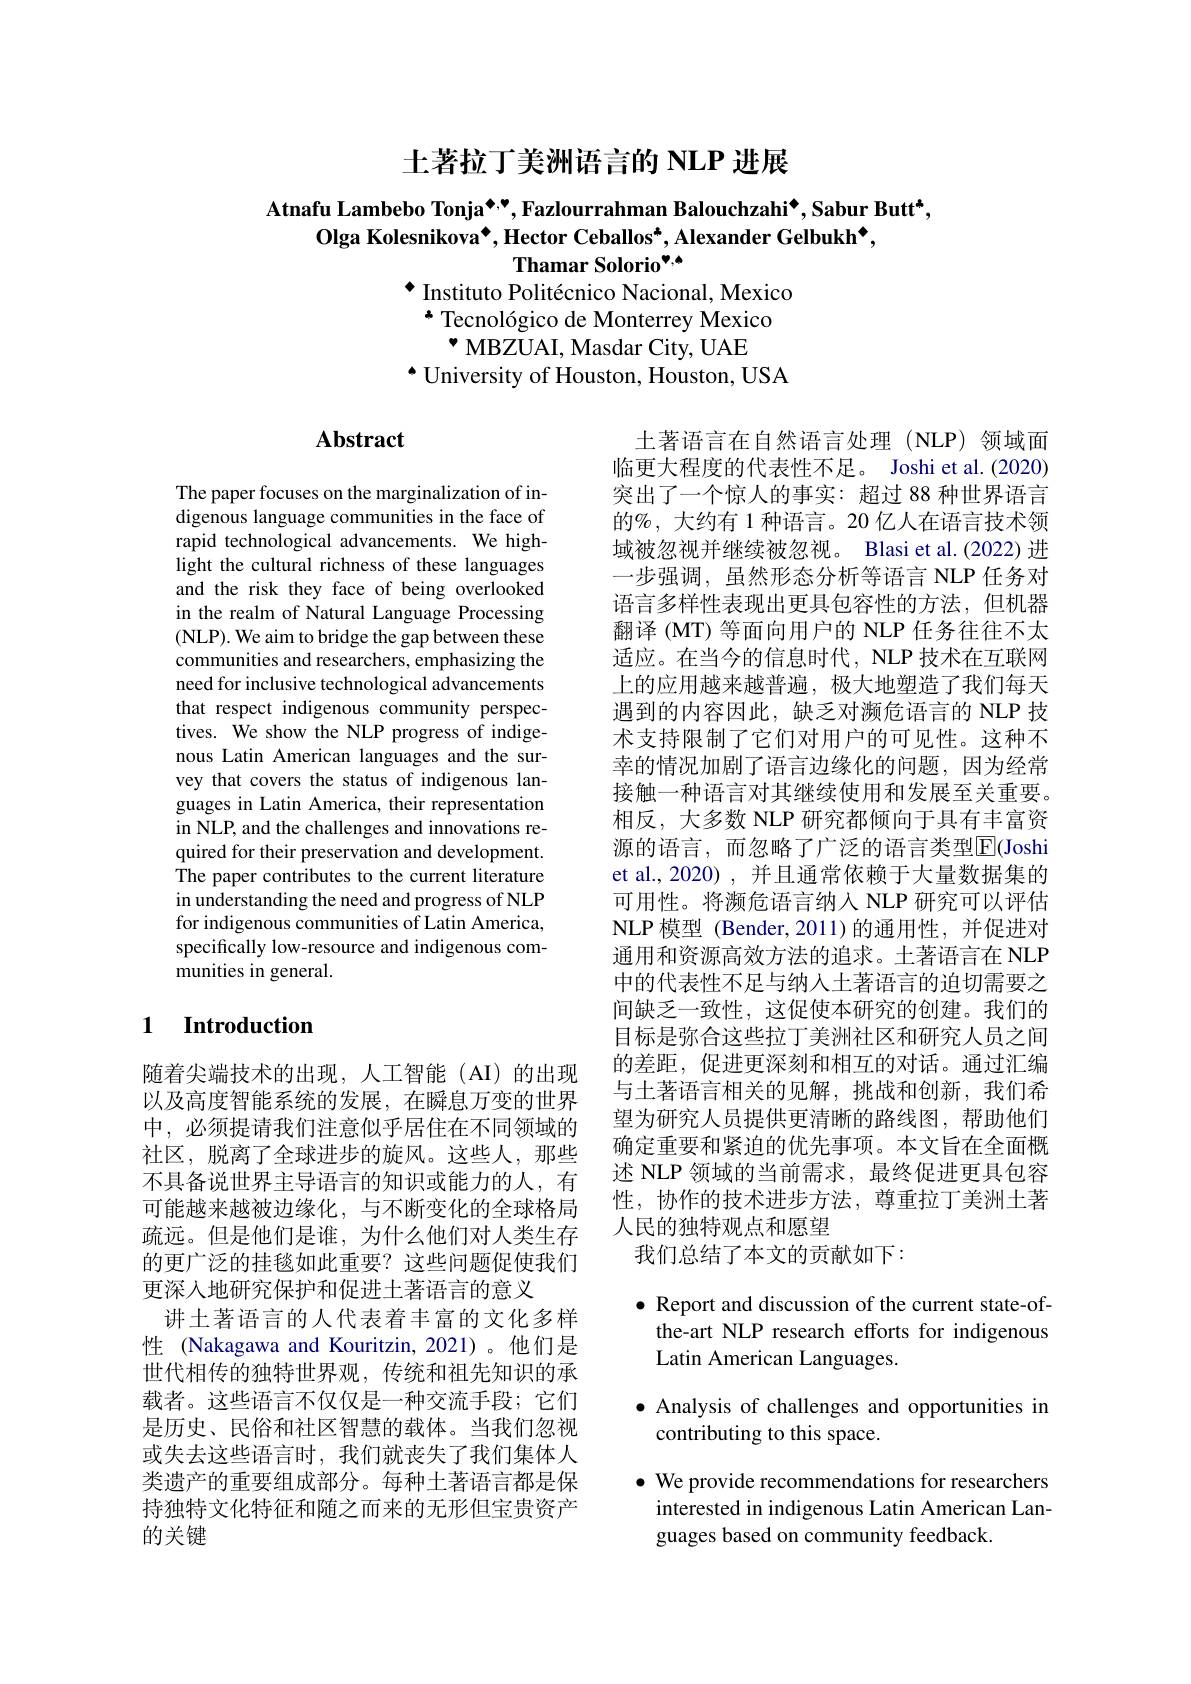
土著拉丁美洲语言的 NLP 进展

# Atnafu Lambebo Tonja$^{\bullet,\bullet}$,Fazlourrahman Balouchzahi$^{\bullet}$,Sabur Butt$^{*}$, $\mathbf{Olga~Kolesnikova^{\bullet},Hector~Ceballos^{*},Alexander~Gelbukh^{\bullet},}$ Thamar Solorio$^{\bullet,\bullet}$ · Instituto Politécnico Nacional, Mexico

* Tecnológico de Monterrey Mexico
$•$ MBZUAI, Masdar City, UAE
$^{\bullet}$ University of Houston, Houston, USA

## Abstract

The paper focuses on the marginalization of indigenous language communities in the face of rapid technological advancements. We highlight the cultural richness of these languages and the risk they face of being overlooked in the realm of Natural Language Processing (NLP). We aim to bridge the gap between these communities and researchers, emphasizing the need for inclusive technological advancements that respect indigenous community perspectives. We show the NLP progress of indigenous Latin American languages and the survey that covers the status of indigenous languages in Latin America, their representation in NLP, and the challenges and innovations required for their preservation and development. The paper contributes to the current literature in understanding the need and progress of NLP for indigenous communities of Latin America, specifically low-resource and indigenous communities in general.

土著语言在自然语言处理(NLP)领域面临更大程度的代表性不足。Joshi et al. (2020) 突出了一个惊人的事实：超过 88 种世界语言的$\%$, 大约有 1 种语言。20 亿人在语言技术领域被忽视并继续被忽视。Blasi et al.(2022) 进一步强调，虽然形态分析等语言 NLP 任务对语言多样性表现出更具包容性的方法，但机器翻译 (MT) 等面向用户的 NLP 任务往往不太适应。在当今的信息时代，NLP 技术在互联网上的应用越来越普遍，极大地塑造了我们每天遇到的内容因此，缺乏对濒危语言的 NLP 技术支持限制了它们对用户的可见性。这种不幸的情况加剧了语言边缘化的问题，因为经常接触一种语言对其继续使用和发展至关重要。相反，大多数 NLP 研究都倾向于具有丰富资源的语言，而忽略了广泛的语言类型$\overline{\mathrm{E}}($Joshi et al., 2020), 并且通常依赖于大量数据集的可用性。将濒危语言纳入 NLP 研究可以评估NLP 模型 (Bender,2011)的通用性，并促进对通用和资源高效方法的追求。土著语言在 NLP 中的代表性不足与纳人土著语言的迫切需要之间缺乏一致性，这促使本研究的创建。我们的目标是弥合这些拉丁美洲社区和研究人员之间的差距，促进更深刻和相互的对话。通过汇编与土著语言相关的见解，挑战和创新，我们希望为研究人员提供更清晰的路线图，帮助他们确定重要和紧迫的优先事项。本文旨在全面概述 NLP 领域的当前需求，最终促进更具包容性，协作的技术进步方法，尊重拉丁美洲土著人民的独特观点和愿望
我们总结了本文的贡献如下：

### 1 Introduction

随着尖端技术的出现，人工智能(AI)的出现以及高度智能系统的发展，在瞬息万变的世界中，必须提请我们注意似乎居住在不同领域的社区，脱离了全球进步的旋风。这些人，那些不具备说世界主导语言的知识或能力的人，有可能越来越被边缘化，与不断变化的全球格局疏远。但是他们是谁，为什么他们对人类生存的更广泛的挂毯如此重要？这些问题促使我们更深入地研究保护和促进土著语言的意义
讲土著语言的人代表着丰富的文化多样性 (Nakagawa and Kouritzin, 2021)。他们是世代相传的独特世界观，传统和祖先知识的承载者。这些语言不仅仅是一种交流手段；它们是历史、民俗和社区智慧的载体。当我们忽视或失去这些语言时，我们就丧失了我们集体人类遗产的重要组成部分。每种土著语言都是保持独特文化特征和随之而来的无形但宝贵资产的关键

$\bullet$ Report and discussion of the current state-ofthe-art NLP research efforts for indigenous Latin American Languages.
$\bullet$ Analysis of challenges and opportunities in
contributing to this space.
$\bullet$ We provide recommendations for researchers interested in indigenous Latin American Languages based on community feedback.